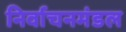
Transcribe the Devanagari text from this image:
निर्वाचनमंडल